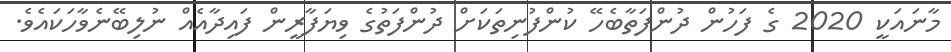
މާނައަކީ 2020 ގެ ފަހުން ދުންފަތާބެހޭ ކުންފުނިތަކަށް ދުންފަތުގެ ވިޔަފާރީން ފައިދާއެއް ނުލިބޭނެވާހަކައެވެ.